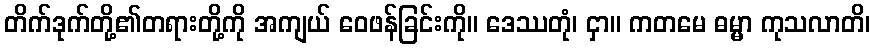
တိက်ဒုက်တို့၏တရားတို့ကို အကျယ် ဝေဖန်ခြင်းကို။ ဒေဿတုံ၊ ငှာ။ ကတမေ ဓမ္မာ ကုသလာတိ၊